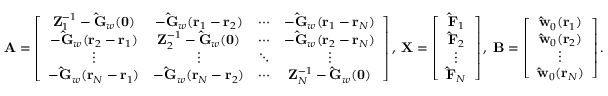
\mathbf { A } = \left[ \begin{array} { c c c c } { { \mathbf { Z } _ { 1 } ^ { - 1 } - \mathbf { \hat { G } } _ { w } ( \mathbf { 0 } ) } } & { { - \mathbf { \hat { G } } _ { w } ( \mathbf { r } _ { 1 } - \mathbf { r } _ { 2 } ) } } & { { \cdots } } & { { - \mathbf { \hat { G } } _ { w } ( \mathbf { r } _ { 1 } - \mathbf { r } _ { N } ) } } \\ { { - \mathbf { \hat { G } } _ { w } ( \mathbf { r } _ { 2 } - \mathbf { r } _ { 1 } ) } } & { { \mathbf { Z } _ { 2 } ^ { - 1 } - \mathbf { \hat { G } } _ { w } ( \mathbf { 0 } ) } } & { { \cdots } } & { { - \mathbf { \hat { G } } _ { w } ( \mathbf { r } _ { 2 } - \mathbf { r } _ { N } ) } } \\ { { \vdots } } & { { \vdots } } & { { \ddots } } & { { \vdots } } \\ { { - \mathbf { \hat { G } } _ { w } ( \mathbf { r } _ { N } - \mathbf { r } _ { 1 } ) } } & { { - \mathbf { \hat { G } } _ { w } ( \mathbf { r } _ { N } - \mathbf { r } _ { 2 } ) } } & { { \cdots } } & { { \mathbf { Z } _ { N } ^ { - 1 } - \mathbf { \hat { G } } _ { w } ( \mathbf { 0 } ) } } \end{array} \right] , \; \mathbf { X } = \left[ \begin{array} { c } { { \mathbf { \hat { F } } _ { 1 } } } \\ { { \mathbf { \hat { F } } _ { 2 } } } \\ { \vdots } \\ { { \mathbf { \hat { F } } _ { N } } } \end{array} \right] , \; \mathbf { B } = \left[ \begin{array} { c } { { \mathbf { \hat { w } } _ { 0 } ( \mathbf { r } _ { 1 } ) } } \\ { { \mathbf { \hat { w } } _ { 0 } ( \mathbf { r } _ { 2 } ) } } \\ { \vdots } \\ { { \mathbf { \hat { w } } _ { 0 } ( \mathbf { r } _ { N } ) } } \end{array} \right] .